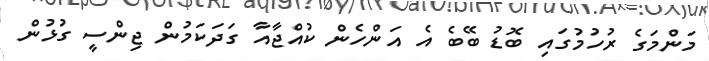
މަންމަގެ ރުހުމުގައި ބޮޑު ބޭބެ އެ އަންހެން ކުއްޖާއާ ގަދަކަމުން ޖިންސީ ގުޅުން